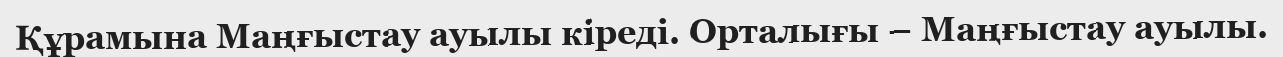
Құрамына Маңғыстау ауылы кіреді. Орталығы – Маңғыстау ауылы.